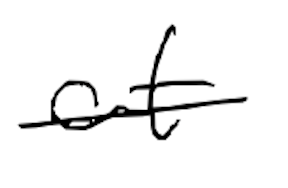
Text: at
Cross-out: single-line
Writing tool: digital_black